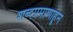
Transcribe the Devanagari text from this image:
शब्दप्रमाणाहून